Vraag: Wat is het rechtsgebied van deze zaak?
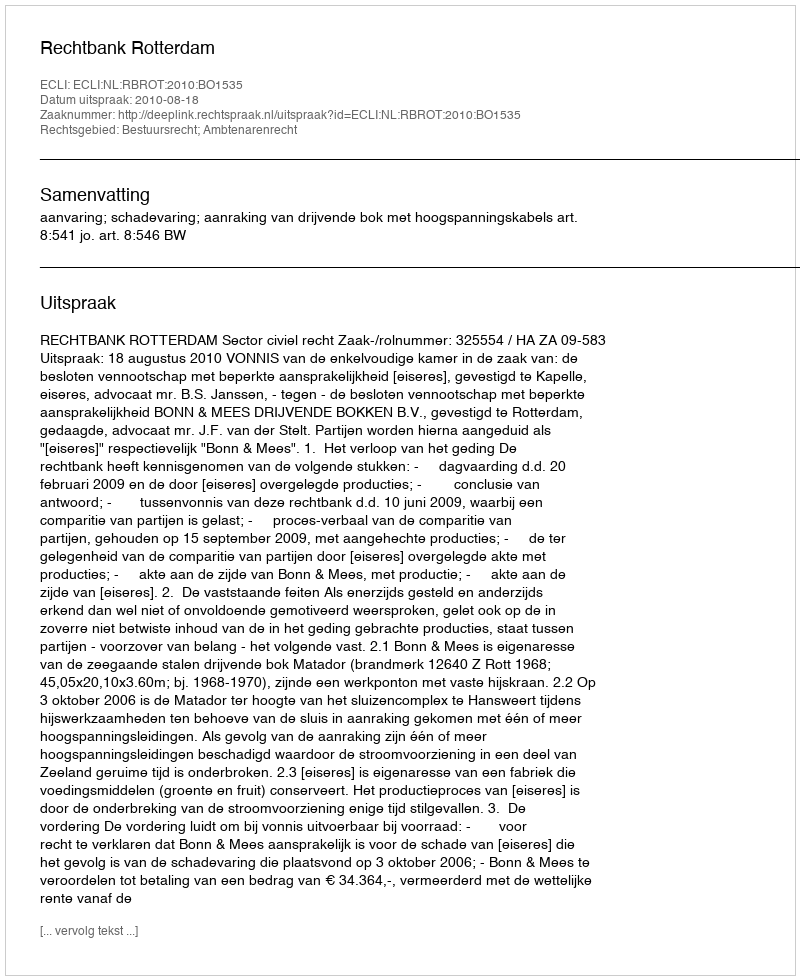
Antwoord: Bestuursrecht; Ambtenarenrecht